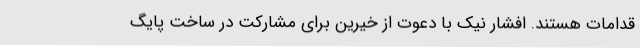
قدامات هستند. افشار نیک با دعوت از خیرین برای مشارکت در ساخت پایگ